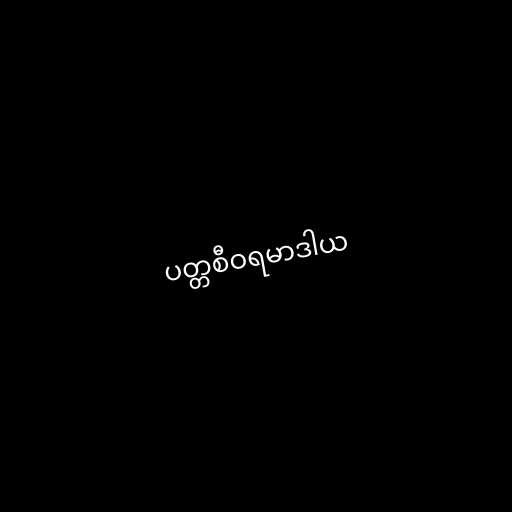
ပတ္တစီဝရမာဒါယ